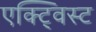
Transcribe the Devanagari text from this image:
एक्ट्विस्ट